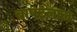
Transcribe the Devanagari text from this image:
बापटलाल